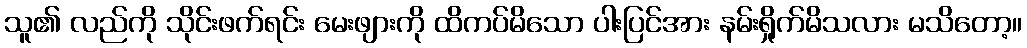
သူ၏ လည်ကို သိုင်းဖက်ရင်း မေးဖျားကို ထိကပ်မိသော ပါးပြင်အား နမ်းရှိုက်မိသလား မသိတော့။